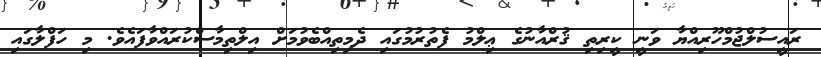
ރައީސުލްޖުމްހޫރިއްޔާ ވަނީ ކީރިތި ޤުރްއާނުގެ ޢިލްމު ފެތުރުމުގައި ދެމިތިއްބެވުމަށް އިލްތިމާސްކުރައްވާފައެވެ. މި ހަފްލާގައި